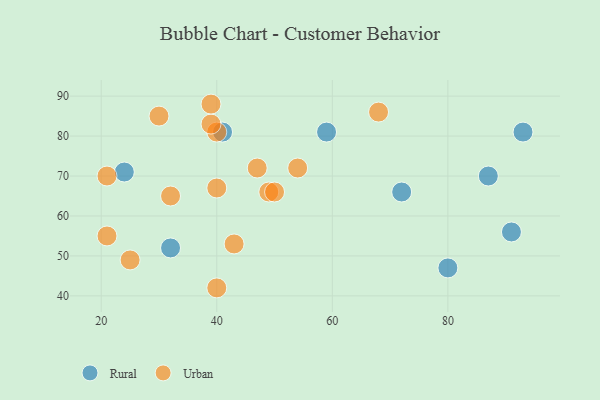
{"axis": {"x": "GDP", "y": "Life Expectancy"}, "legend": ["Rural", "Urban"], "data": [{"x": "41", "y": 81, "type": "Rural"}, {"x": "32", "y": 52, "type": "Rural"}, {"x": "87", "y": 70, "type": "Rural"}, {"x": "59", "y": 81, "type": "Rural"}, {"x": "91", "y": 56, "type": "Rural"}, {"x": "72", "y": 66, "type": "Rural"}, {"x": "24", "y": 71, "type": "Rural"}, {"x": "93", "y": 81, "type": "Rural"}, {"x": "80", "y": 47, "type": "Rural"}, {"x": "47", "y": 72, "type": "Urban"}, {"x": "32", "y": 65, "type": "Urban"}, {"x": "21", "y": 70, "type": "Urban"}, {"x": "68", "y": 86, "type": "Urban"}, {"x": "40", "y": 81, "type": "Urban"}, {"x": "40", "y": 42, "type": "Urban"}, {"x": "39", "y": 83, "type": "Urban"}, {"x": "49", "y": 66, "type": "Urban"}, {"x": "54", "y": 72, "type": "Urban"}, {"x": "50", "y": 66, "type": "Urban"}, {"x": "43", "y": 53, "type": "Urban"}, {"x": "25", "y": 49, "type": "Urban"}, {"x": "40", "y": 67, "type": "Urban"}, {"x": "21", "y": 55, "type": "Urban"}, {"x": "30", "y": 85, "type": "Urban"}, {"x": "39", "y": 88, "type": "Urban"}]}